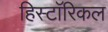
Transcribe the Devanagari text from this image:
हिस्टाॅरिकल